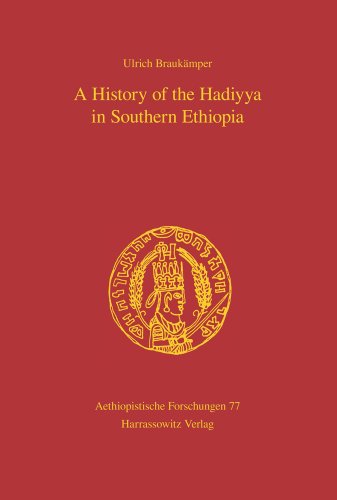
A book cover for A History of the Hadiyya in Southern Ethiopia: Translated from German by Geraldine Krause (Aethiopistische Forschungen); Ulrich BraukÃ¤mper; History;